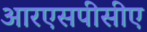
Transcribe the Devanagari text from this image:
आरएसपीसीए